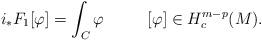
LaTeX: \begin{align*}i_*F_1[\varphi]=\int_C\varphi\qquad\ \ [\varphi]\in H^{m-p}_c(M).\end{align*}